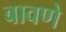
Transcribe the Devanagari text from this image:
बावणे